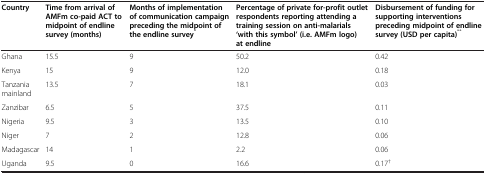
<table><thead><tr><td><b>Country</b></td><td><b>Time from arrival of AMFm co-paid ACT to midpoint of endline survey (months)</b></td><td><b>Months of implementation of communication campaign preceding the midpoint of the endline survey<sup>*</sup></b></td><td><b>Percentage of private for-profit outlet respondents reporting attending a training session on anti-malarials ‘with this symbol’ (i.e. AMFm logo) at endline</b></td><td><b>Disbursement of funding for supporting interventions preceding midpoint of endline survey (USD per capita)<sup>**</sup></b></td></tr></thead><tbody><tr><td>Ghana</td><td>15.5</td><td>9</td><td>50.2</td><td>0.42</td></tr><tr><td>Kenya</td><td>15</td><td>9</td><td>12.0</td><td>0.18</td></tr><tr><td>Tanzania mainland</td><td>13.5</td><td>7</td><td>18.1</td><td>0.03</td></tr><tr><td>Zanzibar</td><td>6.5</td><td>5</td><td>37.5</td><td>0.11</td></tr><tr><td>Nigeria</td><td>9.5</td><td>3</td><td>13.5</td><td>0.10</td></tr><tr><td>Niger</td><td>7</td><td>2</td><td>12.8</td><td>0.06</td></tr><tr><td>Madagascar</td><td>14</td><td>1</td><td>2.2</td><td>0.06</td></tr><tr><td>Uganda</td><td>9.5</td><td>0</td><td>16.6</td><td>0.17<sup>†</sup></td></tr></tbody></table>